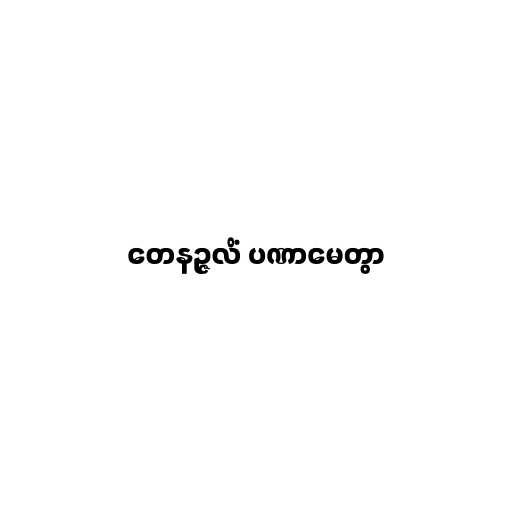
တေနဉ္ဇလိံ ပဏာမေတွာ